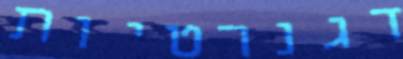
דגנרטיות